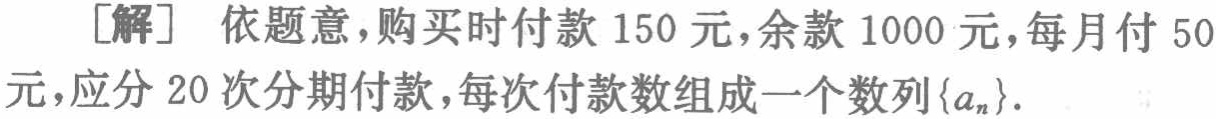
[解] 依题意，购买时付款 \(150\) 元，余款 \(1000\) 元，每月付 \(50\) 元，应分 \(20\) 次分期付款，每次付款数组成一个数列\(\{a_{n}\}\).